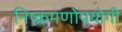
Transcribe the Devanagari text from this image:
निष्क्रमणोपयोगी